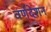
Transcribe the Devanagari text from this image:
वर्णदेशन